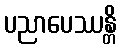
ပညာပေဿန္တိ